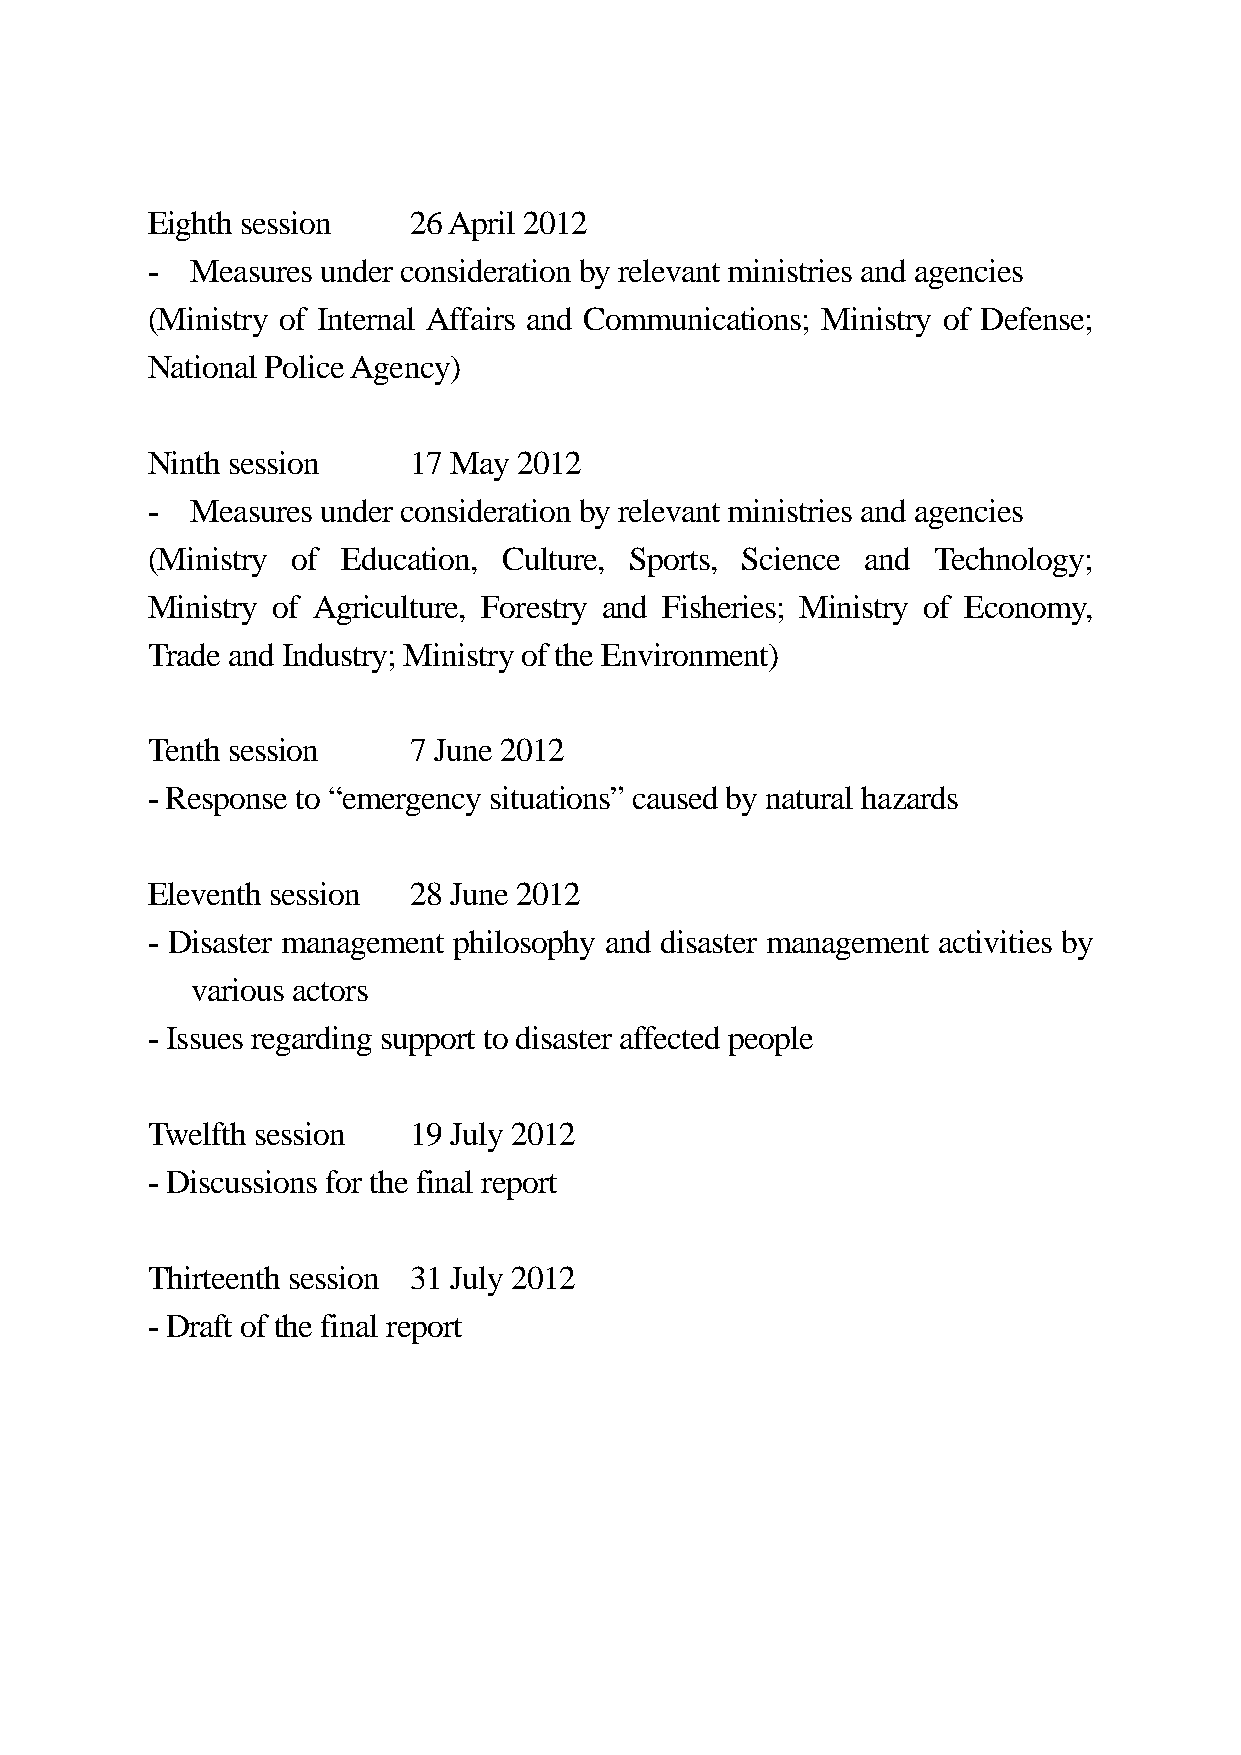
Eighth session   26 April 2012
 -  Measures under consideration by relevant ministries and agencies
 (Ministry of Internal Affairs and Communications; Ministry of Defense;
 National Police Agency)
 Ninth session    17 May 2012
 -  Measures under consideration by relevant ministries and agencies
 (Ministry of Education, Culture, Sports, Science and Technology;
 Ministry of Agriculture, Forestry and Fisheries; Ministry of Economy,
 Trade and Industry; Ministry of the Environment)
 Tenth session    7 June 2012
 - Response to “emergency situations” caused by natural hazards
 Eleventh session 28 June 2012
 - Disaster management philosophy and disaster management activities by
 various actors
 - Issues regarding support to disaster affected people
 Twelfth session  19 July 2012
 - Discussions for the final report
 Thirteenth session 31 July 2012
 - Draft of the final report